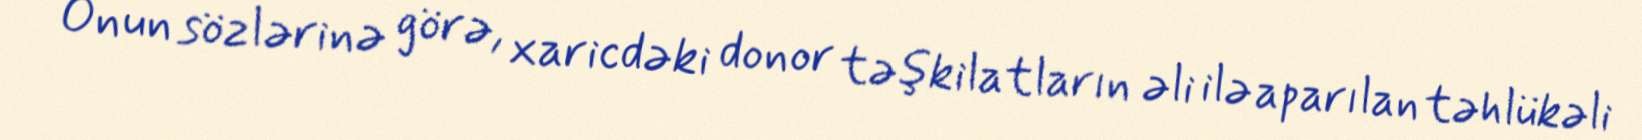
Onun sözlərinə görə, xaricdəki donor təşkilatların əli ilə aparılan təhlükəli